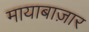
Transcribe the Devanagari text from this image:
मायाबाज़ार